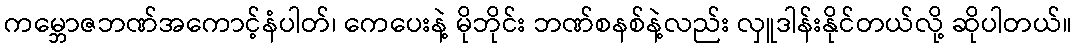
ကမ္ဘောဇဘဏ်အကောင့်နံပါတ်၊ ကေပေးနဲ့ မိုဘိုင်း ဘဏ်စနစ်နဲ့လည်း လှူဒါန်းနိုင်တယ်လို့ ဆိုပါတယ်။